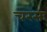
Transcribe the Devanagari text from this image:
चरसः